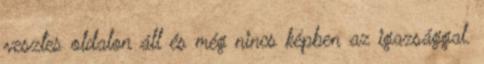
vesztes oldalon áll és még nincs képben az igazsággal.